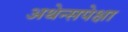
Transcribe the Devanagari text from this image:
अथेन्सपेक्षा